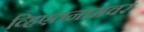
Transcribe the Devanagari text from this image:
व्हिएतनामवर